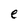
Character: e